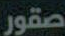
صقور